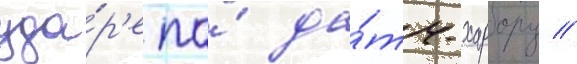
уда́р'е по́ да́тч-харбору //